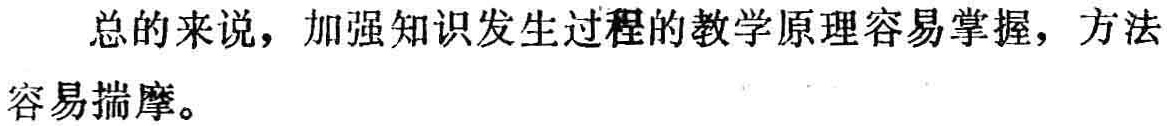
总的来说，加强知识发生过程的教学原理容易掌握，方法容易揣摩。